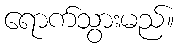
ရောက်သွားမည်။